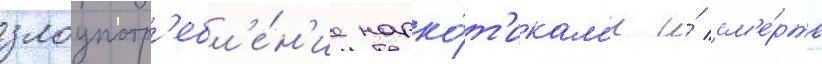
злоупотр'ебл'е́н'ие нарко́т'икам'и и́ см'е́рть